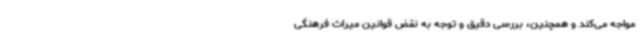
مواجه می‌کند و همچنین، بررسی دقیق و توجه به نقض قوانین میراث فرهنگی